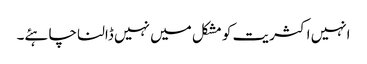
انہیں اکثریت کو مشکل میں نہیں ڈالنا چاہئے۔